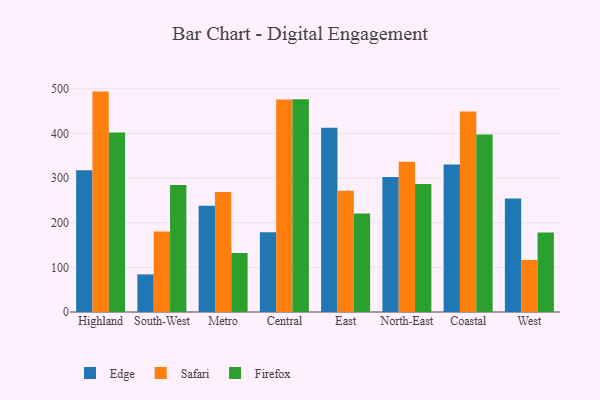
{"axis": {"x": "Region", "y": "Tickets Resolved"}, "legend": ["Edge", "Firefox", "Safari"], "data": [{"x": "Highland", "y": 317.4, "type": "Edge"}, {"x": "Highland", "y": 493.6, "type": "Safari"}, {"x": "Highland", "y": 402.2, "type": "Firefox"}, {"x": "South-West", "y": 84.3, "type": "Edge"}, {"x": "South-West", "y": 180.4, "type": "Safari"}, {"x": "South-West", "y": 284.2, "type": "Firefox"}, {"x": "Metro", "y": 238.0, "type": "Edge"}, {"x": "Metro", "y": 268.5, "type": "Safari"}, {"x": "Metro", "y": 132.1, "type": "Firefox"}, {"x": "Central", "y": 178.6, "type": "Edge"}, {"x": "Central", "y": 476.1, "type": "Safari"}, {"x": "Central", "y": 476.3, "type": "Firefox"}, {"x": "East", "y": 412.7, "type": "Edge"}, {"x": "East", "y": 271.5, "type": "Safari"}, {"x": "East", "y": 220.4, "type": "Firefox"}, {"x": "North-East", "y": 302.3, "type": "Edge"}, {"x": "North-East", "y": 336.7, "type": "Safari"}, {"x": "North-East", "y": 286.7, "type": "Firefox"}, {"x": "Coastal", "y": 330.4, "type": "Edge"}, {"x": "Coastal", "y": 448.9, "type": "Safari"}, {"x": "Coastal", "y": 397.5, "type": "Firefox"}, {"x": "West", "y": 254.0, "type": "Edge"}, {"x": "West", "y": 116.3, "type": "Safari"}, {"x": "West", "y": 177.8, "type": "Firefox"}]}